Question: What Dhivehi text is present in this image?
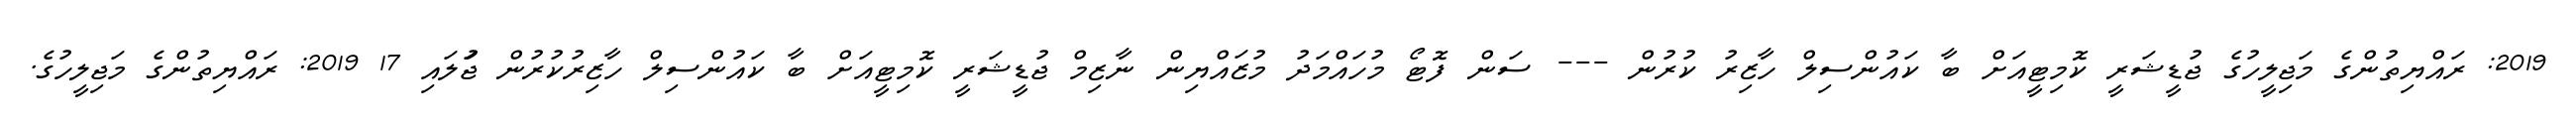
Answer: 2019: ރައްޔިތުންގެ މަޖިލީހުގެ ޖުޑީޝަރީ ކޮމިޓީއަށް ބާ ކައުންސިލް ހާޒިރު ކުރުން --- ސަން ފޮޓޯ މުހައްމަދު މުޒައްޔިން ނާޒިމް ޖުޑީޝަރީ ކޮމިޓީއަށް ބާ ކައުންސިލް ހާޒިރުކުރުން ޖުަލައި 17 2019: ރައްޔިތުންގެ މަޖިލީހުގެ.